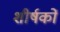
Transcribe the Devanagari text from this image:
शीर्षकाें